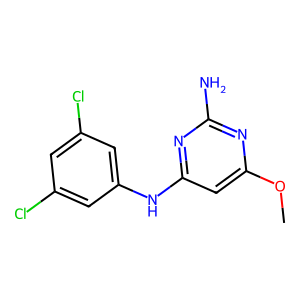
SMILES: COc1cc(Nc2cc(Cl)cc(Cl)c2)nc(N)n1
Inhibits HIV replication: No